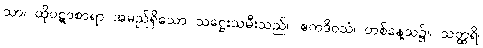
သာ၊ ထိုပဋာစာရာ အမည်ရှိသော သဋ္ဌေးသမီးသည်။ ဧကဒိဝသံ၊ တစ်နေ့သ၌။ သတ္ထရိ၊